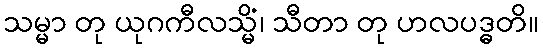
သမ္မာ တု ယုဂကီလသ္မိံ၊ သီတာ တု ဟလပဒ္ဓတိ။